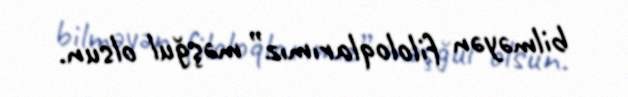
bilməyən filoloqlarımız” məşğul olsun.